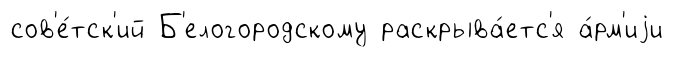
сов'е́тск'ий Б'елогородскому раскрыва́етс'я а́рм'иjи